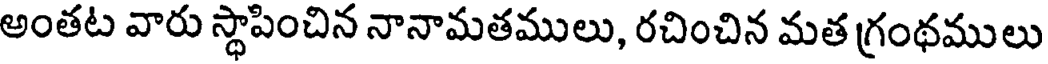
అంతట వారు స్థాపించిన నానామతములు, రచించిన మత గ్రంథములు